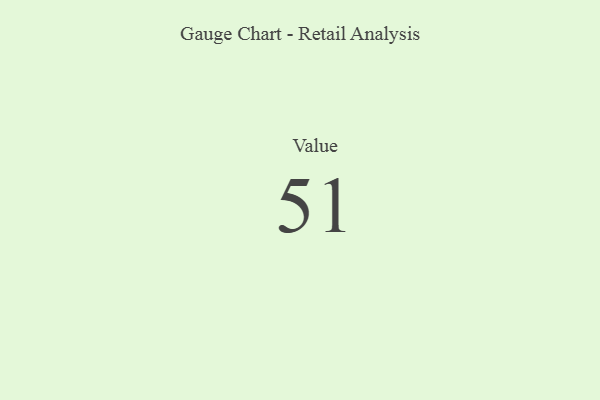
{"axis": {"x": "Metric", "y": "Value"}, "legend": [""], "data": [{"x": "Value", "y": 51, "type": ""}]}